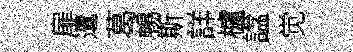
扉邅葛暢斯詳櫨諡觉